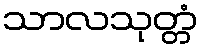
သာလသုတ္တံ